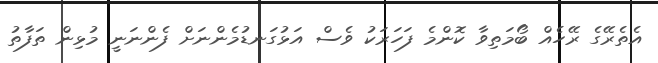
އެތެރޭގެ ރޭހެއް ބޯމަތިވާ ކޮންމެ ފަހަރަކު ވެސް އަޅުގަނޑުމެންނަށް ފެންނަނީ މުޅިން ތަފާތު